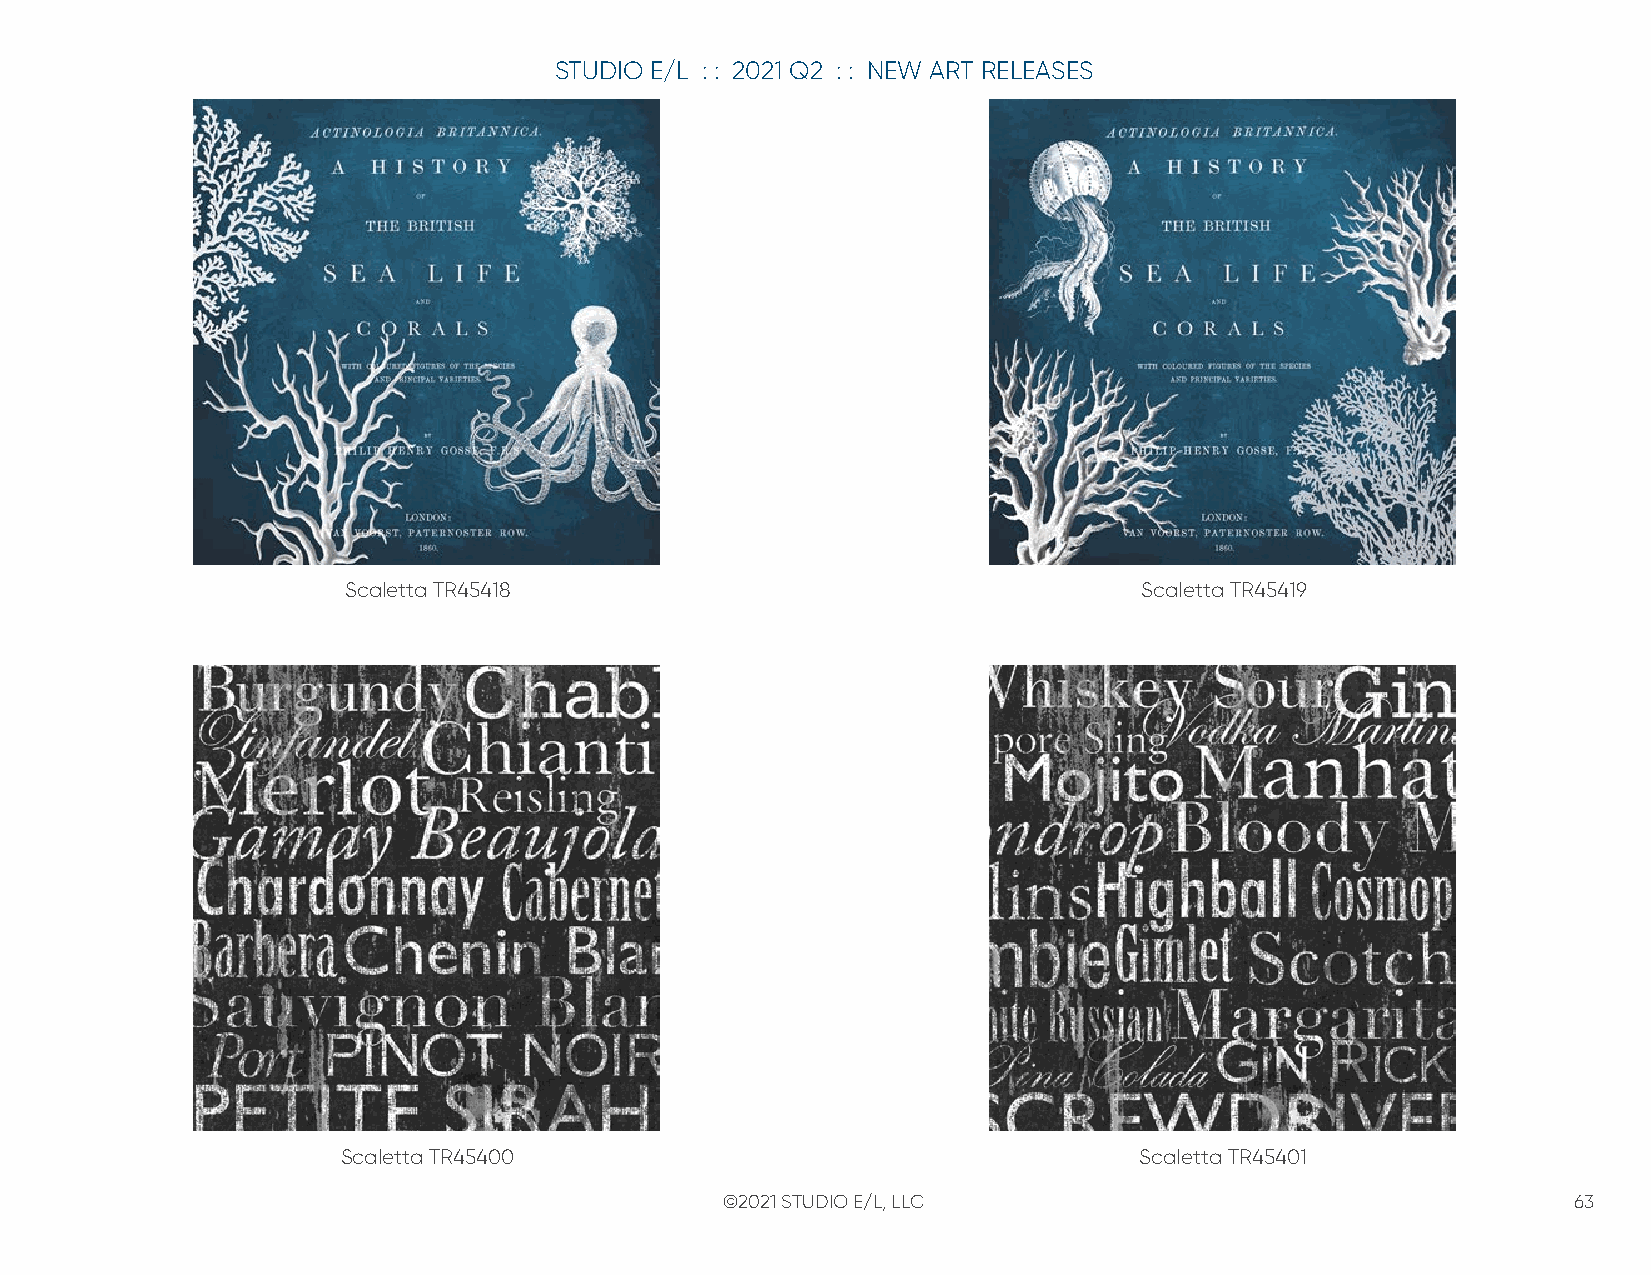
STUDIO E/L : : 2021 Q2 : : NEW ART RELEASES
 Scaletta TR45418                                     Scaletta TR45419
 Scaletta TR45400                                    Scaletta TR45401
 ©2021 STUDIO E/L, LLC                                   63